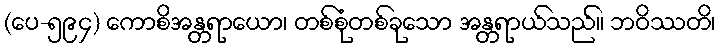
(ပေ-၅၉၄) ကောစိအန္တရာယော၊ တစ်စုံတစ်ခုသော အန္တရာယ်သည်။ ဘဝိဿတိ၊